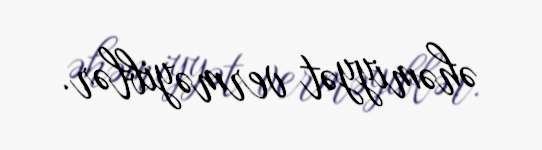
əhəmiyyət verməyiblər.